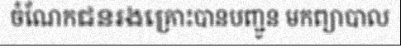
ចំណែកជនរងគ្រោះបានបញ្ជូន មកព្យាបាល